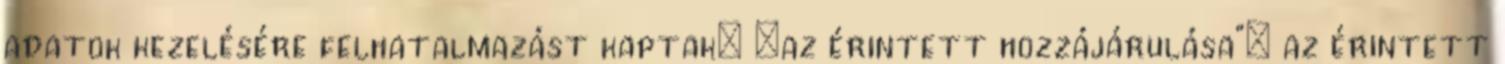
adatok kezelésére felhatalmazást kaptak; „az érintett hozzájárulása”: az érintett